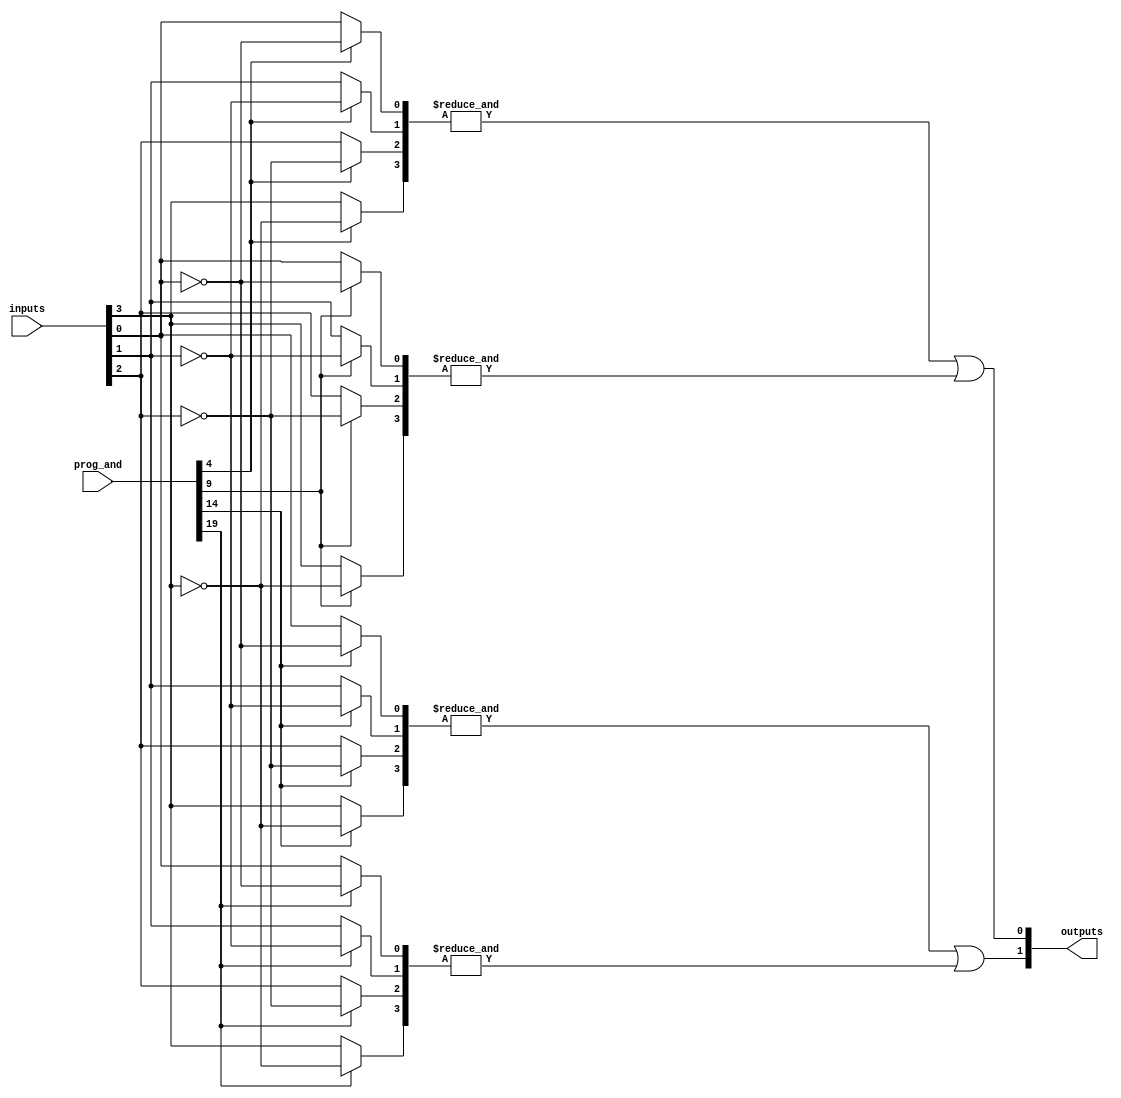
module SPAL #(
    parameter N = 4,  // Number of input lines
    parameter M = 4,  // Number of AND gates
    parameter P = 2   // Number of OR gates
)(
    input wire [N-1:0] inputs,       // Input lines
    input wire [M*(N+1)-1:0] prog_and, // Programming data for AND gates (N input + 1 for inversion)
    output wire [P-1:0] outputs       // Output lines
);

// Internal wires for AND gate outputs
wire [M-1:0] and_out;

// Generate AND gates
genvar i;
generate
    for (i = 0; i < M; i = i + 1) begin : and_gates
        wire [N-1:0] and_inputs;     // Inputs for each AND gate
        wire         and_enable;       // Enable line for the AND gate
        assign and_enable = prog_and[i*(N+1) + N]; // Last bit for inversion controls (inversion for all inputs of this gate)
        
        // Connect inputs based on programming data
        generate
            genvar j;
            for (j = 0; j < N; j = j + 1) begin : and_input_selection
                assign and_inputs[j] = and_enable ? ~inputs[j] : inputs[j]; // Inversion if needed
            end
        endgenerate

        // AND gate logic
        assign and_out[i] = &and_inputs;  // AND operation
    end
endgenerate

// Fixed OR gates
generate
    for (i = 0; i < P; i = i + 1) begin : or_gates
        // Each OR gate can be programmed to take inputs from a subset of AND gates
        assign outputs[i] = or_logic(i, and_out);
    end
endgenerate

// Function to describe OR logic (adjust as per your fixed OR gate configuration)
function or_logic(input integer index, input wire [M-1:0] and_out);
    begin
        case(index)
            0: or_logic = and_out[0] | and_out[1]; // Example configuration
            1: or_logic = and_out[2] | and_out[3]; // Example configuration
            default: or_logic = 0;
        endcase
    end
endfunction

endmodule